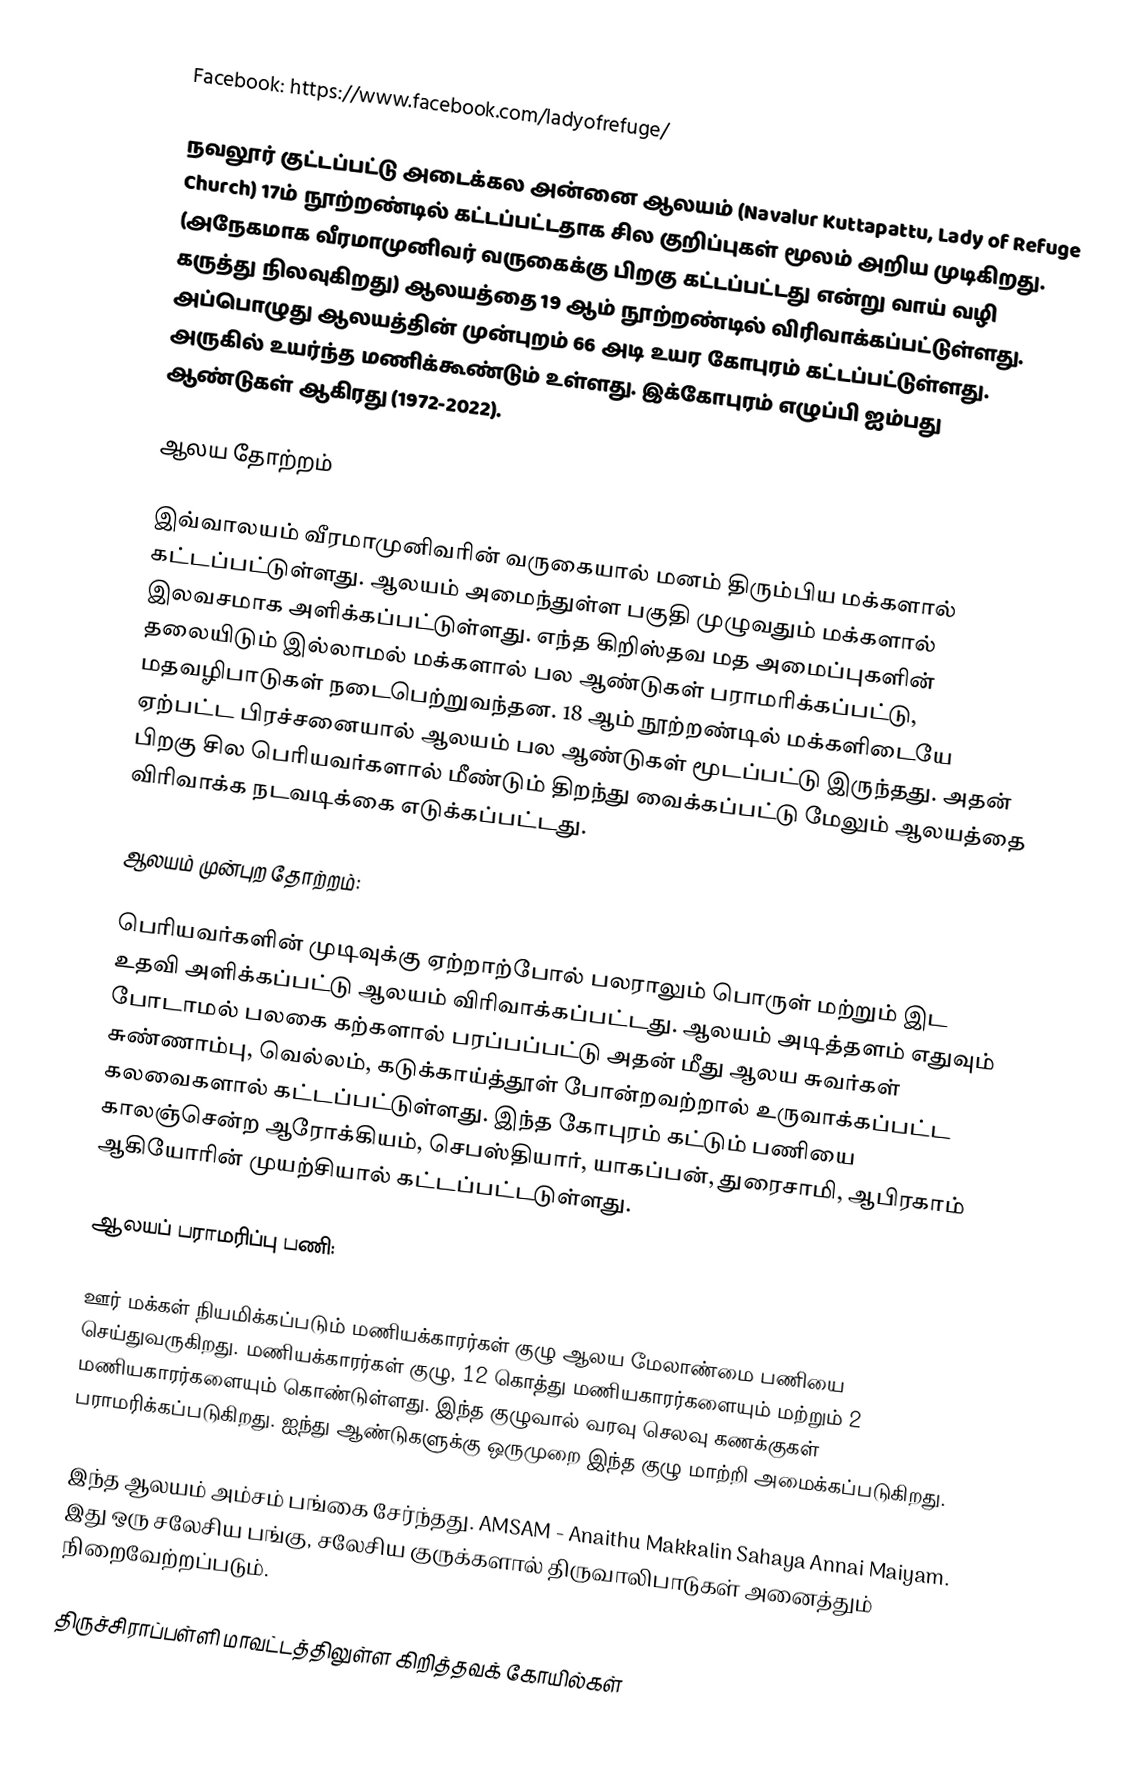
Facebook: https://www.facebook.com/ladyofrefuge/

நவலூர் குட்டப்பட்டு அடைக்கல அன்னை ஆலயம் (Navalur Kuttapattu, Lady of Refuge Church) 17ம் நூற்றண்டில் கட்டப்பட்டதாக சில குறிப்புகள் மூலம் அறிய முடிகிறது. (அநேகமாக வீரமாமுனிவர் வருகைக்கு பிறகு கட்டப்பட்டது என்று வாய் வழி கருத்து நிலவுகிறது) ஆலயத்தை 19 ஆம் நூற்றண்டில் விரிவாக்கப்பட்டுள்ளது. அப்பொழுது ஆலயத்தின் முன்புறம் 66 அடி உயர கோபுரம் கட்டப்பட்டுள்ளது. அருகில் உயர்ந்த மணிக்கூண்டும் உள்ளது. இக்கோபுரம் எழுப்பி ஐம்பது ஆண்டுகள் ஆகிரது (1972-2022).

ஆலய தோற்றம்

இவ்வாலயம் வீரமாமுனிவரின் வருகையால் மனம் திரும்பிய மக்களால் கட்டப்பட்டுள்ளது. ஆலயம் அமைந்துள்ள பகுதி முழுவதும் மக்களால் இலவசமாக அளிக்கப்பட்டுள்ளது. எந்த கிறிஸ்தவ மத அமைப்புகளின் தலையிடும் இல்லாமல் மக்களால் பல ஆண்டுகள் பராமரிக்கப்பட்டு, மதவழிபாடுகள் நடைபெற்றுவந்தன. 18 ஆம் நூற்றண்டில் மக்களிடையே ஏற்பட்ட பிரச்சனையால் ஆலயம் பல ஆண்டுகள் மூடப்பட்டு இருந்தது. அதன் பிறகு சில பெரியவர்களால் மீண்டும் திறந்து வைக்கப்பட்டு மேலும் ஆலயத்தை விரிவாக்க நடவடிக்கை எடுக்கப்பட்டது.

ஆலயம் முன்புற தோற்றம்:

பெரியவர்களின் முடிவுக்கு ஏற்றாற்போல் பலராலும் பொருள் மற்றும் இட உதவி அளிக்கப்பட்டு ஆலயம் விரிவாக்கப்பட்டது. ஆலயம் அடித்தளம் எதுவும் போடாமல் பலகை கற்களால் பரப்பப்பட்டு அதன் மீது ஆலய சுவர்கள் சுண்ணாம்பு, வெல்லம், கடுக்காய்த்தூள் போன்றவற்றால் உருவாக்கப்பட்ட கலவைகளால் கட்டப்பட்டுள்ளது. இந்த கோபுரம் கட்டும் பணியை காலஞ்சென்ற ஆரோக்கியம், செபஸ்தியார், யாகப்பன், துரைசாமி, ஆபிரகாம் ஆகியோரின் முயற்சியால் கட்டப்பட்டடுள்ளது.

ஆலயப் பராமரிப்பு பணி:

ஊர் மக்கள் நியமிக்கப்படும் மணியக்காரர்கள் குழு ஆலய மேலாண்மை பணியை செய்துவருகிறது. மணியக்காரர்கள் குழு, 12 கொத்து மணியகாரர்களையும் மற்றும் 2 மணியகாரர்களையும் கொண்டுள்ளது. இந்த குழுவால் வரவு செலவு கணக்குகள் பராமரிக்கப்படுகிறது. ஐந்து ஆண்டுகளுக்கு ஒருமுறை இந்த குழு மாற்றி அமைக்கப்படுகிறது.

இந்த ஆலயம் அம்சம் பங்கை சேர்ந்தது. AMSAM - Anaithu Makkalin Sahaya Annai Maiyam. இது ஒரு சலேசிய பங்கு, சலேசிய குருக்களால் திருவாலிபாடுகள் அனைத்தும் நிறைவேற்றப்படும்.

திருச்சிராப்பள்ளி மாவட்டத்திலுள்ள கிறித்தவக் கோயில்கள்